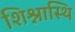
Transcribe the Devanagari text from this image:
शिश्नास्थि